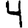
Digit: 4